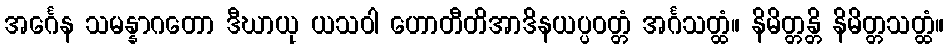
အင်္ဂေန သမန္နာဂတော ဒီဃာယု ယသဝါ ဟောတီတိအာဒိနယပ္ပဝတ္တံ အင်္ဂသတ္ထံ။ နိမိတ္တန္တိ နိမိတ္တသတ္ထံ။